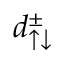
d _ { \uparrow \downarrow } ^ { \pm }